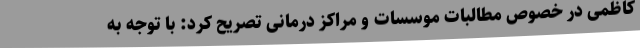
کاظمی در خصوص مطالبات موسسات و مراکز درمانی تصریح کرد: با توجه به